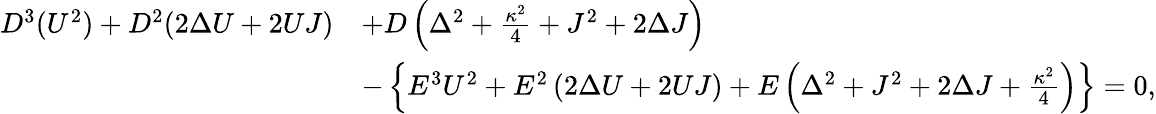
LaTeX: \begin{array}{rl}{D^{3}(U^{2})+D^{2}(2\Delta U+2UJ)}&{+D\left(\Delta^{2}+\frac{\kappa^{2}}{4}+J^{2}+2\Delta J\right)}\\ &{-\left\{ E^{3}U^{2}+E^{2}\left(2\Delta U+2UJ\right)+E\left(\Delta^{2}+J^{2}+2\Delta J+\frac{\kappa^{2}}{4}\right)\right\} =0,}\end{array}